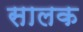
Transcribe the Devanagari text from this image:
सालक